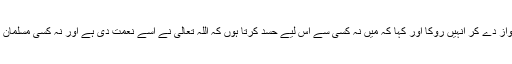
جب سیّد عبداللہ جانے لگے تو انہوں نے آواز دے کر انہیں روکا اور کہا کہ میں نہ کسی سے اس لیے حسد کرتا ہوں کہ اللہ تعالیٰ نے اسے نعمت دی ہے اور نہ کسی مسلمان کے لیے اپنے دل میں کدورت رکھتا ہوں۔